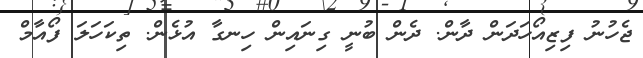
ޖެހުނު ފިޒިއޯހަދަން ދާން. ދެން ބުނީ ގިނައިން ހިނގާ އުޅެން. ތިކަހަލަ ފޯއާމް